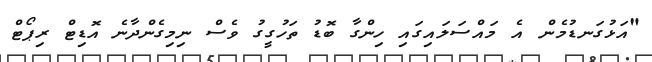
"އަޅުގަނޑުމެން އެ މައްސަލައިގައި ހިންގާ ބޮޑު ތަހުގީގު ވެސް ނިމިގެންދާނެ އޮޑިޓް ރިޕޯޓް